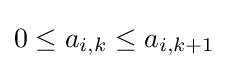
0\leq a_{i,k}\leq a_{i,k+1}